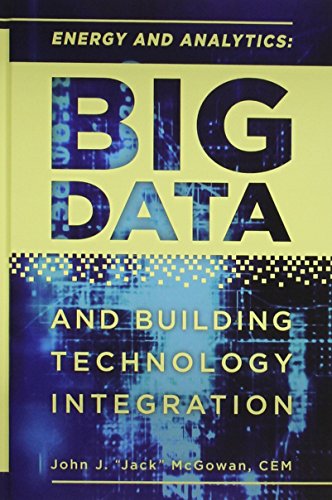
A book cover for Energy and Analytics: BIG DATA and Building Technology Integration; John J. "Jack" McGowan  CEM; Business & Money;